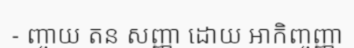
- ញ្ចាយ តន សញ្ញា ដោយ ឤកិញ្ចញ្ញា